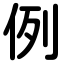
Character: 例